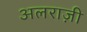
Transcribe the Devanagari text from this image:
अलराज़ी